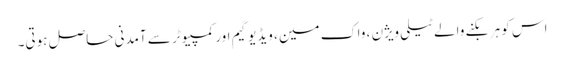
اس کو ہر بکنے والے ٹیلی ویژن ، واک مین ، ویڈیو گیم اور کمپیوٹر سے آمدنی حاصل ہوتی۔